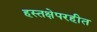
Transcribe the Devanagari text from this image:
हस्तक्षेपरहीत